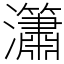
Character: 𤄙